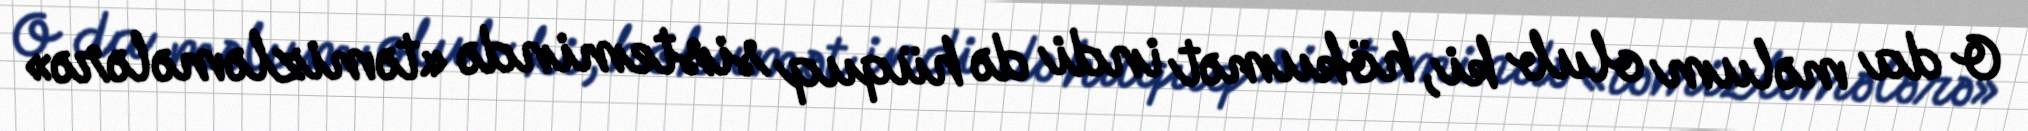
O da məlum olub ki, hökumət indi də hüquq sistemində «təmizləmələrə»